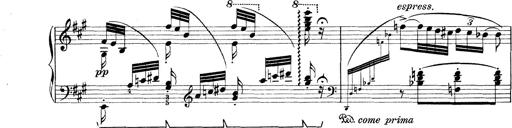
Title: Rapsodie: 19 ungheresi, 1 spagnuola
Composer: Franz Liszt